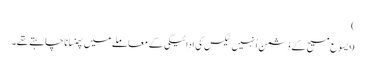
‏)‏
9 یسوع مسیح کے دُشمن اُنہیں ٹیکس کی ادائیگی کے معاملے میں پھنسانا چاہتے تھے۔